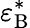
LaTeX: \varepsilon_{\mathrm{B}}^{\ast}